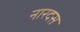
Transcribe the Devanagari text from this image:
नारदस